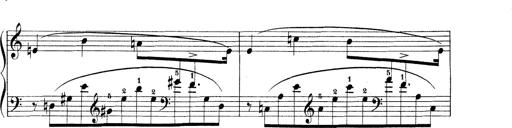
Title: 3 Ã‰tudes de concert
Composer: Franz Liszt